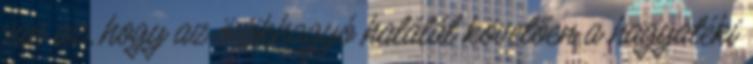
van az, hogy az örökhagyó halálát követően a hagyatéki